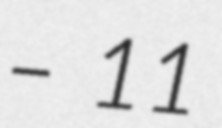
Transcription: – 11